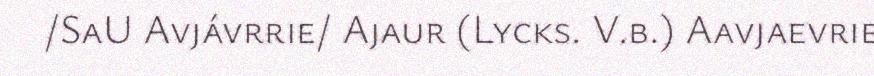
/SaU Avjávrrie/ Ajaur (Lycks. V.b.) Aavjaevrie